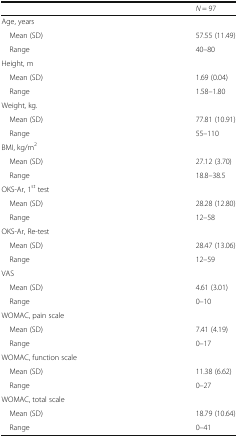
<table><thead><tr><td></td><td><b><i>N</i> = 97</b></td></tr></thead><tbody><tr><td colspan="2">Age, years</td></tr><tr><td> Mean (SD)</td><td>57.55 (11.49)</td></tr><tr><td> Range</td><td>40–80</td></tr><tr><td colspan="2">Height, m</td></tr><tr><td> Mean (SD)</td><td>1.69 (0.04)</td></tr><tr><td> Range</td><td>1.58–1.80</td></tr><tr><td colspan="2">Weight, kg.</td></tr><tr><td> Mean (SD)</td><td>77.81 (10.91)</td></tr><tr><td> Range</td><td>55–110</td></tr><tr><td colspan="2">BMI, kg/m<sup>2</sup></td></tr><tr><td> Mean (SD)</td><td>27.12 (3.70)</td></tr><tr><td> Range</td><td>18.8–38.5</td></tr><tr><td colspan="2">OKS-Ar, 1<sup>st</sup> test</td></tr><tr><td> Mean (SD)</td><td>28.28 (12.80)</td></tr><tr><td> Range</td><td>12–58</td></tr><tr><td colspan="2">OKS-Ar, Re-test</td></tr><tr><td> Mean (SD)</td><td>28.47 (13.06)</td></tr><tr><td> Range</td><td>12–59</td></tr><tr><td colspan="2">VAS</td></tr><tr><td> Mean (SD)</td><td>4.61 (3.01)</td></tr><tr><td> Range</td><td>0–10</td></tr><tr><td colspan="2">WOMAC, pain scale</td></tr><tr><td> Mean (SD)</td><td>7.41 (4.19)</td></tr><tr><td> Range</td><td>0–17</td></tr><tr><td colspan="2">WOMAC, function scale</td></tr><tr><td> Mean (SD)</td><td>11.38 (6.62)</td></tr><tr><td> Range</td><td>0–27</td></tr><tr><td colspan="2">WOMAC, total scale</td></tr><tr><td> Mean (SD)</td><td>18.79 (10.64)</td></tr><tr><td> Range</td><td>0–41</td></tr></tbody></table>